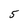
Character: 5